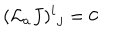
( { \cal L } _ { a } J ) ^ { i } { } _ { j } = 0